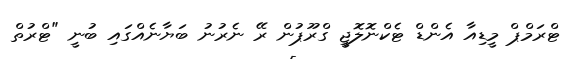
ޓްރަމްޕް މީޑިއާ އެންޑް ޓެކްނޮލޮޖީ ގްރޫޕުން ރޭ ނެރުނު ބަޔާނެއްގައި ބުނީ "ޓްރުތް